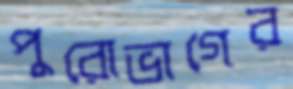
পুরোভাগের